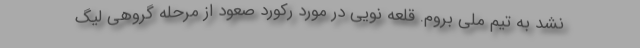
نشد به تیم ملی بروم. قلعه نویی در مورد رکورد صعود از مرحله گروهی لیگ